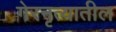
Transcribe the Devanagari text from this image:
गेरनृत्यातील